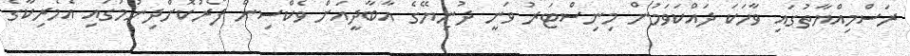
ރަސްމިއްޔާތުގައި ވާހަކަ ދައްކަވަމުން މިނިސްޓަރު ވަނީ ދުނިޔޭގެ އާބާދީއަށް ވެކްސިން ފޯރުކޮށްދިނުމުގައި އެމެރިކާގެ